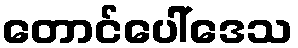
တောင်ပေါ်ဒေသ